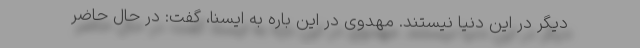
دیگر در این دنیا نیستند. مهدوی در این باره به ایسنا، گفت: در حال حاضر